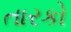
તારકો